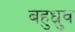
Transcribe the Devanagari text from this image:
बहुध्रुव